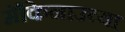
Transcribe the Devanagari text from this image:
मॅकिनाउच्या